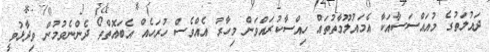
ދައުލަތުގެ މުއައްސަސާއަކާ އެމައުލޫމާތުތައް ހިއްސާކުރައްވަން މިހާރު އެއްވެސް ހުރަހެއް އެބައޮތްތޯ ދެންނެވުމުން ވިދާޅުވީ